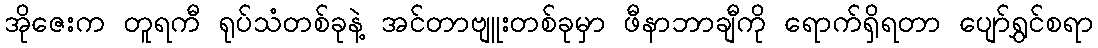
အိုဇေးက တူရကီ ရုပ်သံတစ်ခုနဲ့ အင်တာဗျူးတစ်ခုမှာ ဖီနာဘာချီကို ရောက်ရှိရတာ ပျော်ရွှင်စရာ